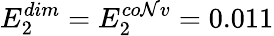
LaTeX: E_{2}^{dim}=E_{2}^{co\mathcal{N}v}=0.011